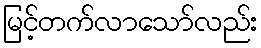
မြင့်တက်လာသော်လည်း